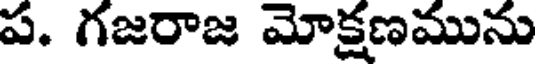
ప. గజరాజ మోక్షణమును